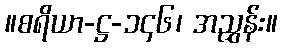
။စရိယာ-ဋ္ဌ-၁၄၆၊ အညွှန်း။